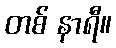
တစ် နာရီ။